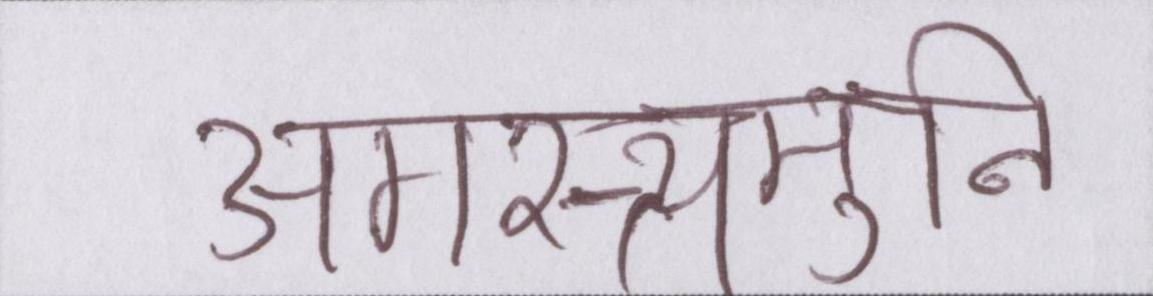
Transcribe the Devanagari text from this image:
अगस्त्यमुनि